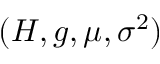
( H , g , \mu , \sigma ^ { 2 } )